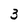
Character: 3